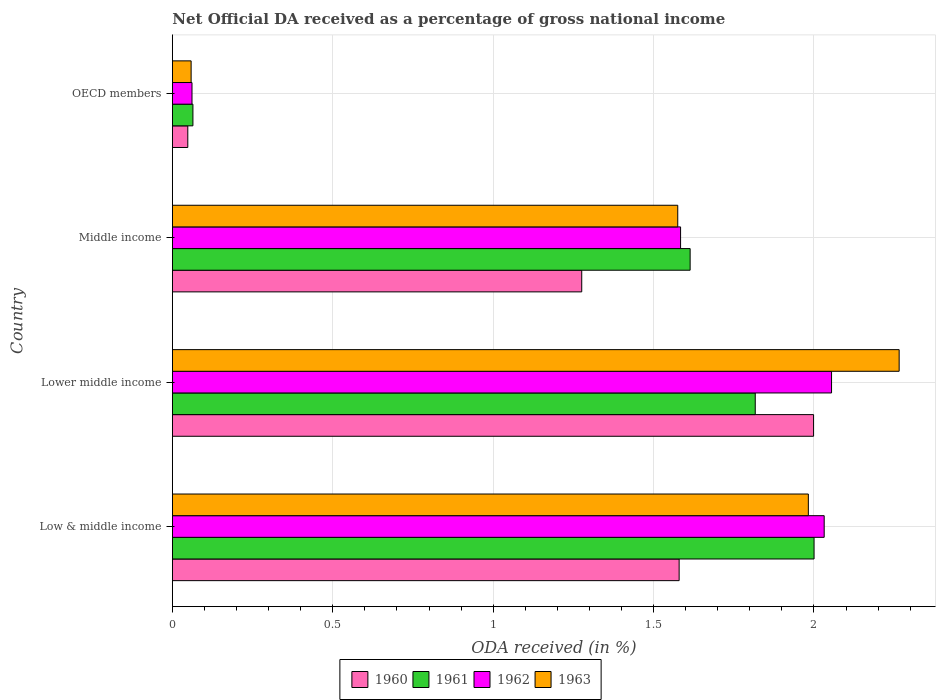
| Country | 1960 | 1961 | 1962 | 1963 |
 | --- | --- | --- | --- | --- |
 | Low & middle income | 1.58 | 2 | 2.03 | 1.98 |
 | Lower middle income | 2 | 1.82 | 2.05 | 2.27 |
 | Middle income | 1.28 | 1.61 | 1.58 | 1.58 |
 | OECD members | 0.0481 | 0.0641 | 0.0612 | 0.0585 |